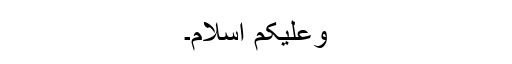
وعلیکم اسلام۔